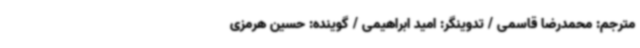
مترجم: محمدرضا قاسمی / تدوینگر: امید ابراهیمی / گوینده: حسین هرمزی